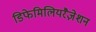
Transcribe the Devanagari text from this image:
डिफेमिलियरैज़ेशन